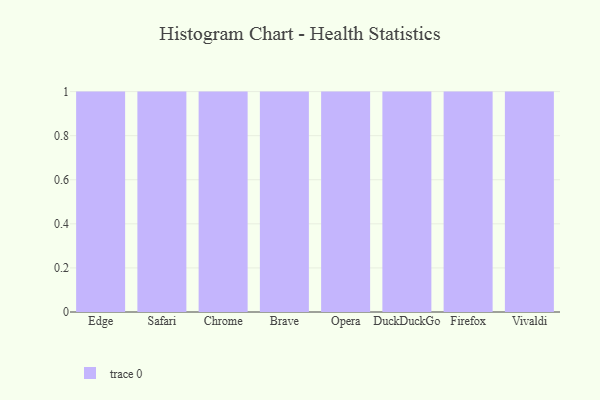
{"axis": {"x": "Browser", "y": "Latency (ms)"}, "legend": [""], "data": [{"x": "Edge", "y": 92, "type": ""}, {"x": "Safari", "y": 93, "type": ""}, {"x": "Chrome", "y": 93, "type": ""}, {"x": "Brave", "y": 40, "type": ""}, {"x": "Opera", "y": 83, "type": ""}, {"x": "DuckDuckGo", "y": 37, "type": ""}, {"x": "Firefox", "y": 16, "type": ""}, {"x": "Vivaldi", "y": 40, "type": ""}]}